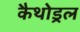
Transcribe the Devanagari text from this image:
कैथोड्रल